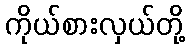
ကိုယ်စားလှယ်တို့